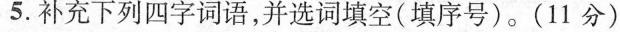
5.补充下列四字词语，并选词填空(填序号)。(11分)